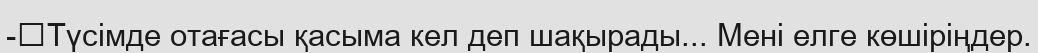
-	Түсімде отағасы қасыма кел деп шақырады... Мені елге көшіріңдер.